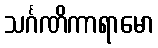
သင်္ဂဏိကာရာမော